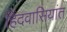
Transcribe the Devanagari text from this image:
हिंदवासियांत